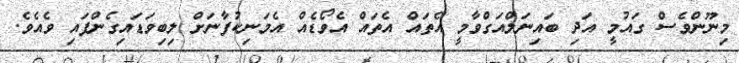
މިނޫންވެސް ގައުމީ އަދި ބައިނަލްއަގްވާމީ އެތައް އެތައް އެވޯޑެއް އެމަނިކުފާނަށް ލިބިވަޑައިގެންފައި ވެއެވެ.